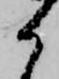
か